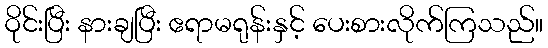
ဝိုင်းပြီး နားချပြီး ဧရာမရုန်းနှင့် ပေးစားလိုက်ကြသည်။